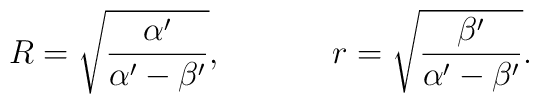
R = \sqrt{\frac{\alpha '}{\alpha '-\beta '}},~~~~~~~~~~r= \sqrt{\frac{\beta'}{\alpha '-\beta'}}.